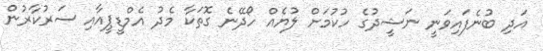
އަދި ބުނެފައިވަނީ ނަޝީދުގެ ހުކުމަށް ލުޔެއް ހޯދޭނެ ގޮތަކާ މެދު އެމްޑީޕީއާއި ސަރުކާރުން